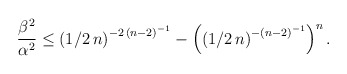
\begin{align*}\frac{\beta^{2}}{\alpha^{2}}\le \left (1/2\,n\right )^{-2\,\left(n-2\right )^{-1}}-\left (\left (1/2 \,n\right )^{-\left (n-2\right)^{-1}}\right )^{n}.\end{align*}